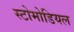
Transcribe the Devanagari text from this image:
स्टोमोडियल